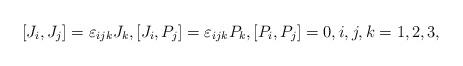
LaTeX: \begin{align*} \begin{array}{l}[J_i,J_j]=\varepsilon_{ijk} J_k,[J_i,P_j]=\varepsilon_{ijk} P_k,[P_i,P_j]=0,i,j,k=1,2,3, \end{array}\end{align*}